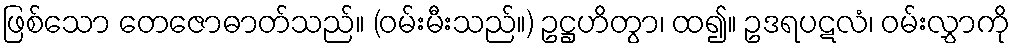
ဖြစ်သော တေဇောဓာတ်သည်။ (ဝမ်းမီးသည်။) ဥဋ္ဌဟိတွာ၊ ထ၍။ ဥဒရပဋလံ၊ ဝမ်းလွှာကို